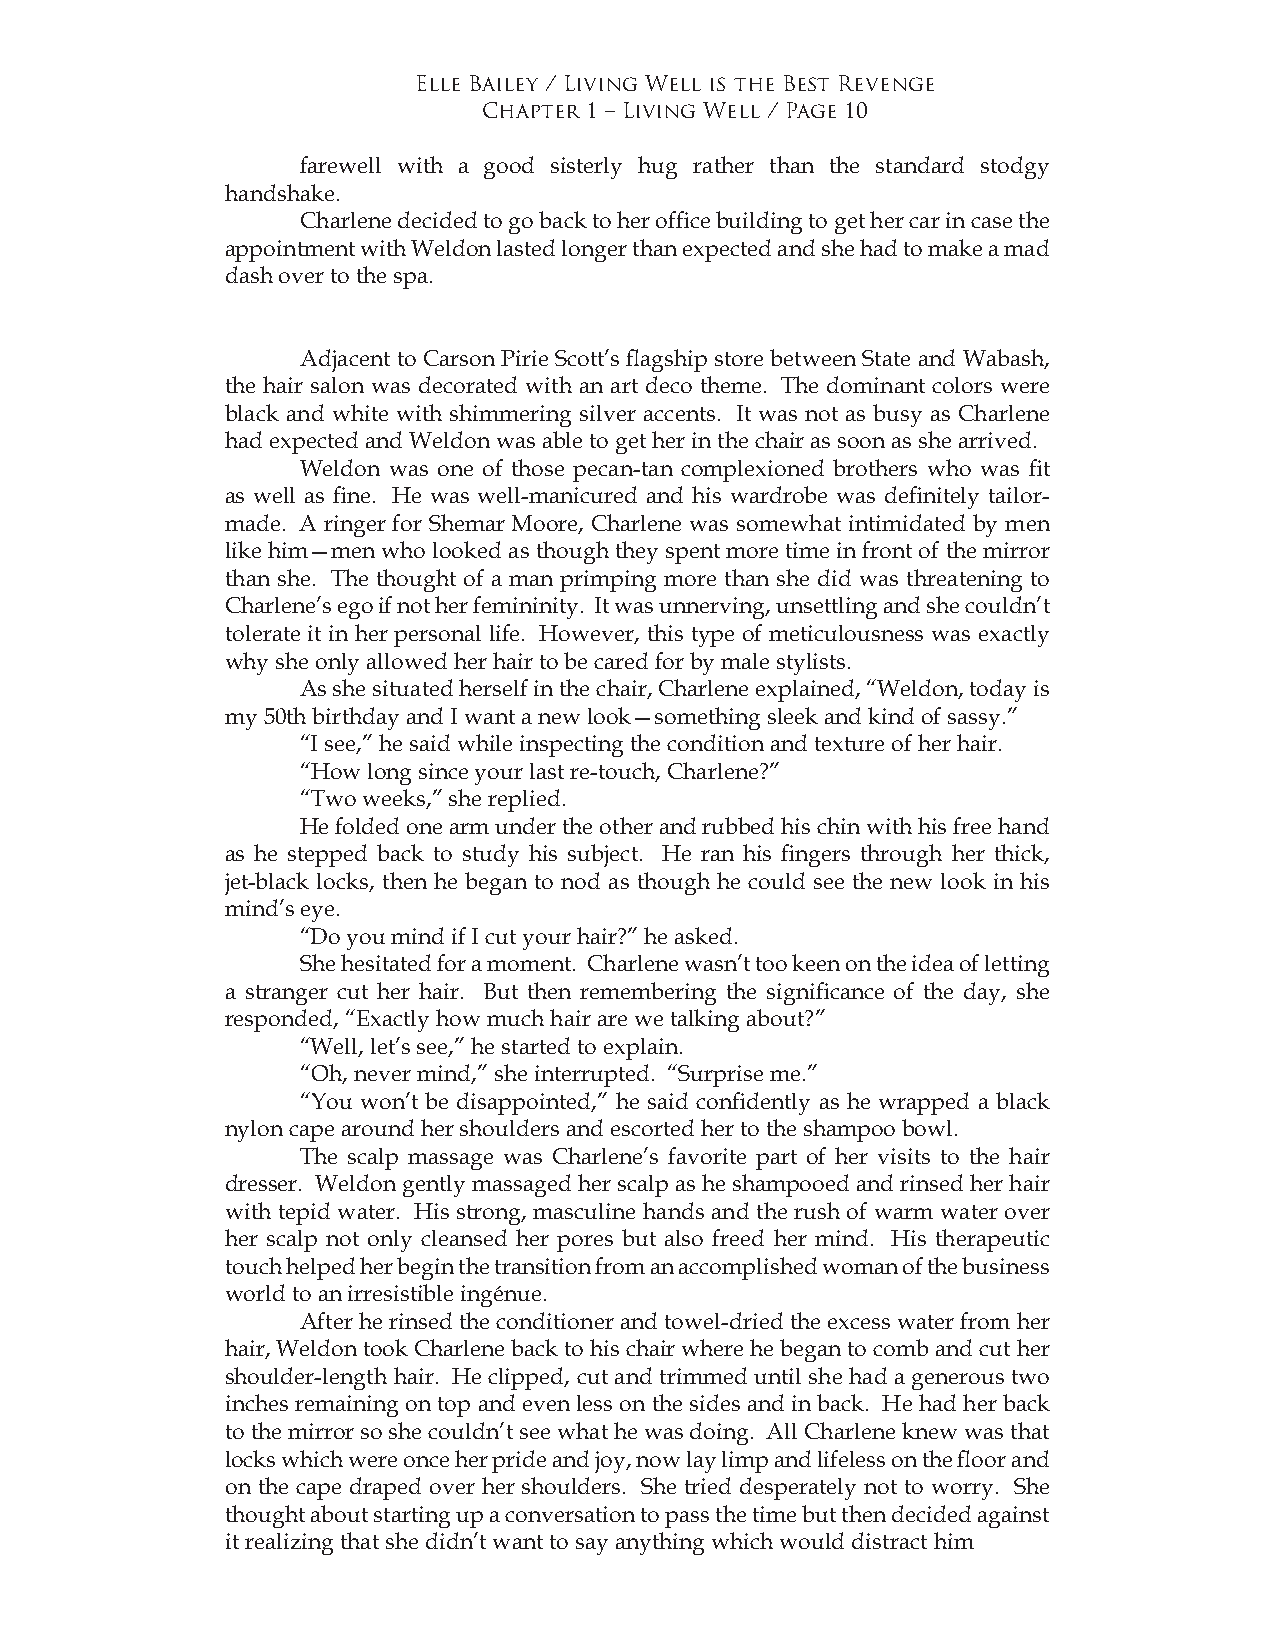
Elle Bailey / Living Well is the Best Revenge
 Chapter 1 – Living Well / Page 10
 farewell with a good sisterly hug rather than the standard stodgy
 handshake.
 Charlene decided to go back to her office building to get her car in case the
 appointment with Weldon lasted longer than expected and she had to make a mad
 dash over to the spa.
 Adjacent to Carson Pirie Scott’s flagship store between State and Wabash,
 the hair salon was decorated with an art deco theme. The dominant colors were
 black and white with shimmering silver accents. It was not as busy as Charlene
 had expected and Weldon was able to get her in the chair as soon as she arrived.
 Weldon was one of those pecan-tan complexioned brothers who was fit
 as well as fine. He was well-manicured and his wardrobe was definitely tailor-
 made. A ringer for Shemar Moore, Charlene was somewhat intimidated by men
 like him—men who looked as though they spent more time in front of the mirror
 than she. The thought of a man primping more than she did was threatening to
 Charlene’s ego if not her femininity. It was unnerving, unsettling and she couldn’t
 tolerate it in her personal life. However, this type of meticulousness was exactly
 why she only allowed her hair to be cared for by male stylists.
 As she situated herself in the chair, Charlene explained, “Weldon, today is
 my 50th birthday and I want a new look—something sleek and kind of sassy.”
 “I see,” he said while inspecting the condition and texture of her hair.
 “How long since your last re-touch, Charlene?”
 “Two weeks,” she replied.
 He folded one arm under the other and rubbed his chin with his free hand
 as he stepped back to study his subject. He ran his fingers through her thick,
 jet-black locks, then he began to nod as though he could see the new look in his
 mind’s eye.
 “Do you mind if I cut your hair?” he asked.
 She hesitated for a moment. Charlene wasn’t too keen on the idea of letting
 a stranger cut her hair. But then remembering the significance of the day, she
 responded, “Exactly how much hair are we talking about?”
 “Well, let’s see,” he started to explain.
 “Oh, never mind,” she interrupted. “Surprise me.”
 “You won’t be disappointed,” he said confidently as he wrapped a black
 nylon cape around her shoulders and escorted her to the shampoo bowl.
 The scalp massage was Charlene’s favorite part of her visits to the hair
 dresser. Weldon gently massaged her scalp as he shampooed and rinsed her hair
 with tepid water. His strong, masculine hands and the rush of warm water over
 her scalp not only cleansed her pores but also freed her mind. His therapeutic
 touch helped her begin the transition from an accomplished woman of the business
 world to an irresistible ingénue.
 After he rinsed the conditioner and towel-dried the excess water from her
 hair, Weldon took Charlene back to his chair where he began to comb and cut her
 shoulder-length hair. He clipped, cut and trimmed until she had a generous two
 inches remaining on top and even less on the sides and in back. He had her back
 to the mirror so she couldn’t see what he was doing. All Charlene knew was that
 locks which were once her pride and joy, now lay limp and lifeless on the floor and
 on the cape draped over her shoulders. She tried desperately not to worry. She
 thought about starting up a conversation to pass the time but then decided against
 it realizing that she didn’t want to say anything which would distract him